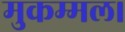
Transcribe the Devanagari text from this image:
मुकम्मल।